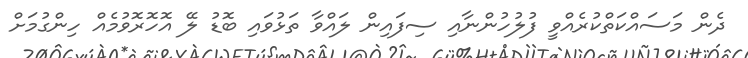
ދެން މަސައްކަތްކުރެއްވީ ފުލުހުންނާއި ސިފައިން ލައްވާ ތަޅުވައި ބޮޑު ލޭ އޮހޮރޮވުމެއް ހިންގުމަށް